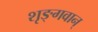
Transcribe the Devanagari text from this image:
शृङ्गवान्